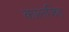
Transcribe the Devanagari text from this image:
कालजित्‌